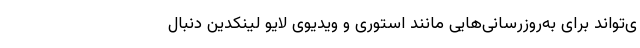
ی‌تواند برای به‌روزرسانی‌هایی مانند استوری و ویدیوی لایو لینکدین دنبال